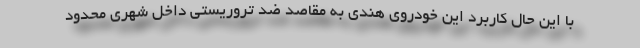
با این حال کاربرد این خودروی هندی به مقاصد ضد تروریستی داخل شهری محدود